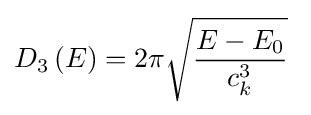
D_{3}\left(E\right)=2\pi {\sqrt {\frac {E-E_{0}}{c_{k}^{3}}}}\